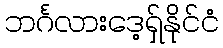
ဘင်္ဂလားဒေ့ရှ်နိုင်ငံ